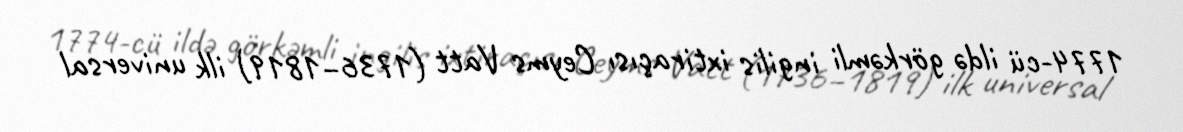
1774-cü ildə görkəmli ingilis ixtiraçısı Ceyms Vatt (1736–1819) ilk universal